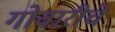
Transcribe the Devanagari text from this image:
गोवारीचे